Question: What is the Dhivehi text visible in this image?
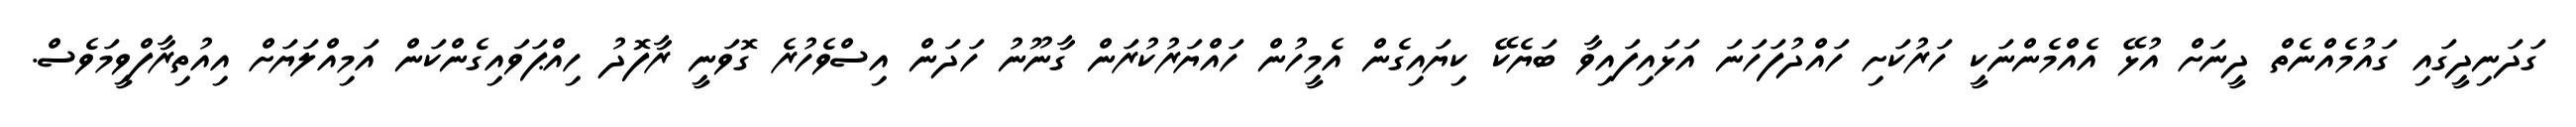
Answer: ގަދަނިދީގައި ގައުމެއްނެތް ދީނަށް އުޅޭ އެއްމެންނަކީ ހަރުކަށި ހައްދުފަހަނަ އަޅައިފައިވާ ބަޔެކޭ ކިޔައިގެން އެމީހުން ހައްޔަރުކުރަން ގާނޫނު ހަދަން އިސްވެހުރެ ގޮވަނީ ރާފޮދު ހިއްޕަވައިގެންކަން އަމިއްލަޔަށް އިއުތިރާފްވީމަވެސް.